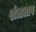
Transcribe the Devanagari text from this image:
शंताताप